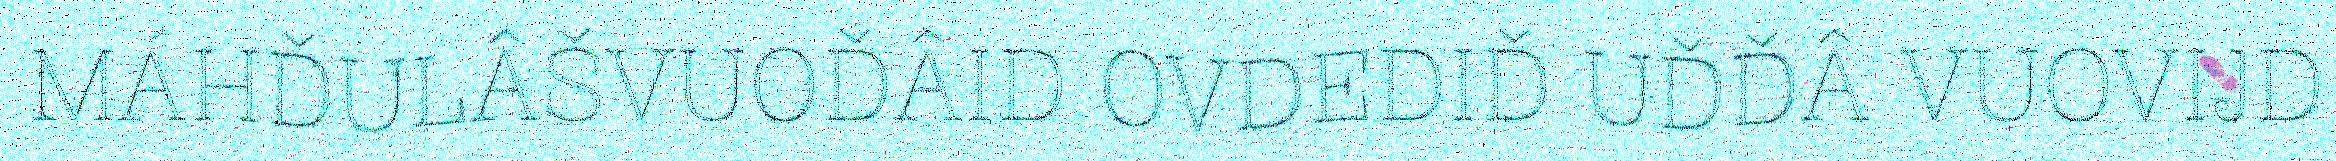
MÁHĐULÂŠVUOĐÂID OVDEDIĐ UĐĐÂ VUOVIJD